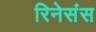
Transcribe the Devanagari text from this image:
रिनेसंस